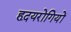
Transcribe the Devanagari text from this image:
हृदयरोगियों